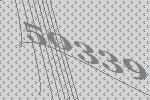
50339